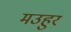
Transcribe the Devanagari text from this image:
मउहुर